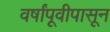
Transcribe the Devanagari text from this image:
वर्षांपूवीपासून